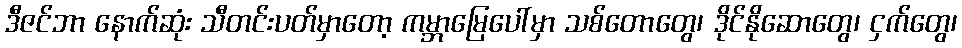
ဒီဇင်ဘာ နောက်ဆုံး သီတင်းပတ်မှာတော့ ကမ္ဘာမြေပေါ်မှာ သစ်တောတွေ၊ ဒိုင်နိုဆောတွေ၊ ငှက်တွေ၊